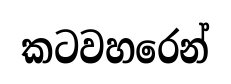
කටවහරෙන්